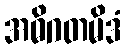
အဓိဂတမိဒံ